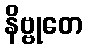
နိဗ္ဗုတေ